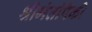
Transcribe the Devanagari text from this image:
श्रीमंतांपैकी